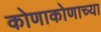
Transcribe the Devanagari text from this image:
कोणाकोणाच्या